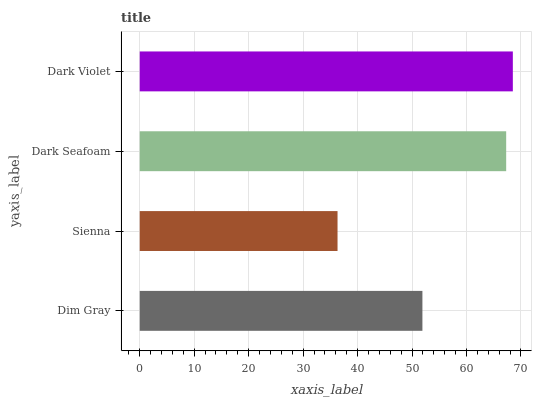
| yaxis_label | bars |
 | --- | --- |
 | Dim Gray | 51.9 |
 | Sienna | 36.3 |
 | Dark Seafoam | 67.3 |
 | Dark Violet | 68.5 |